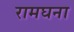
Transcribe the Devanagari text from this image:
रामघना